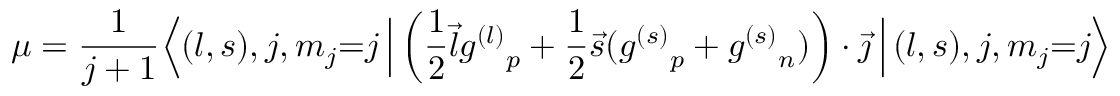
\mu = { \frac { 1 } { j + 1 } } { \Bigl \langle } ( l , s ) , j , m _ { j } { = } j \, { \Bigr | } \left( { \frac { 1 } { 2 } } { \vec { l } } { g ^ { ( l ) } } _ { p } + { \frac { 1 } { 2 } } { \vec { s } } ( { g ^ { ( s ) } } _ { p } + { g ^ { ( s ) } } _ { n } ) \right) \cdot { \vec { \jmath } } \, { \Bigl | } \, ( l , s ) , j , m _ { j } { = } j { \Bigr \rangle }